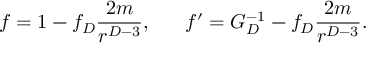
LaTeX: f = 1 - f _ { D } { \frac { 2 m } { r ^ { D - 3 } } } , \ \ \ \ \ f ^ { \prime } = { \cal G } _ { D } ^ { - 1 } - f _ { D } { \frac { 2 m } { r ^ { D - 3 } } } .